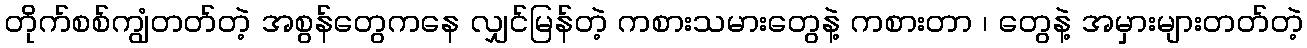
တိုက်စစ်ကျွံတတ်တဲ့ အစွန်တွေကနေ လျှင်မြန်တဲ့ ကစားသမားတွေနဲ့ ကစားတာ ၊ တွေနဲ့ အမှားများတတ်တဲ့